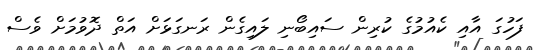
ފަހުގަ އާއި ކެއުމުގެ ކުރިން ސައިބޯނި ލައިގެން ރަނގަޅަށް އަތް ދޮވުމަށް ވެސް